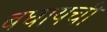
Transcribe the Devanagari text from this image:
बघायची